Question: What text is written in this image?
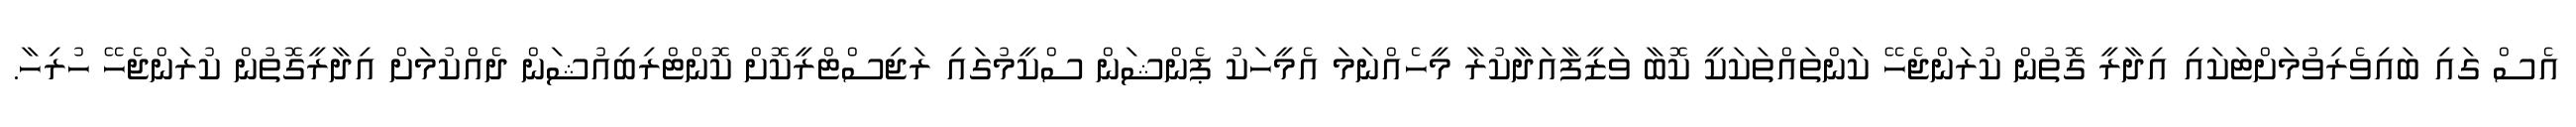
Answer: އެސް ގައި ބައިވެރިވުމަށްޓަކައި އިދާރީ ގޮތުން ކުރަންޖެހޭ ކަންތައްތަކަކީ ކޮބާ ވަޒީފާއަދާކުރާ މީހެއްނަމަ އެމީހަކު ޕެންޝަން ސްކީމުގައި ރަޖިސްޓްރީކޮށް ކޮންޓްރިބިއުޝަން ދެއްކުމަށް އިދާރީގޮތުން ކުރަންޖެހޭ ހުރިހާ.